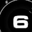
Digit: 6